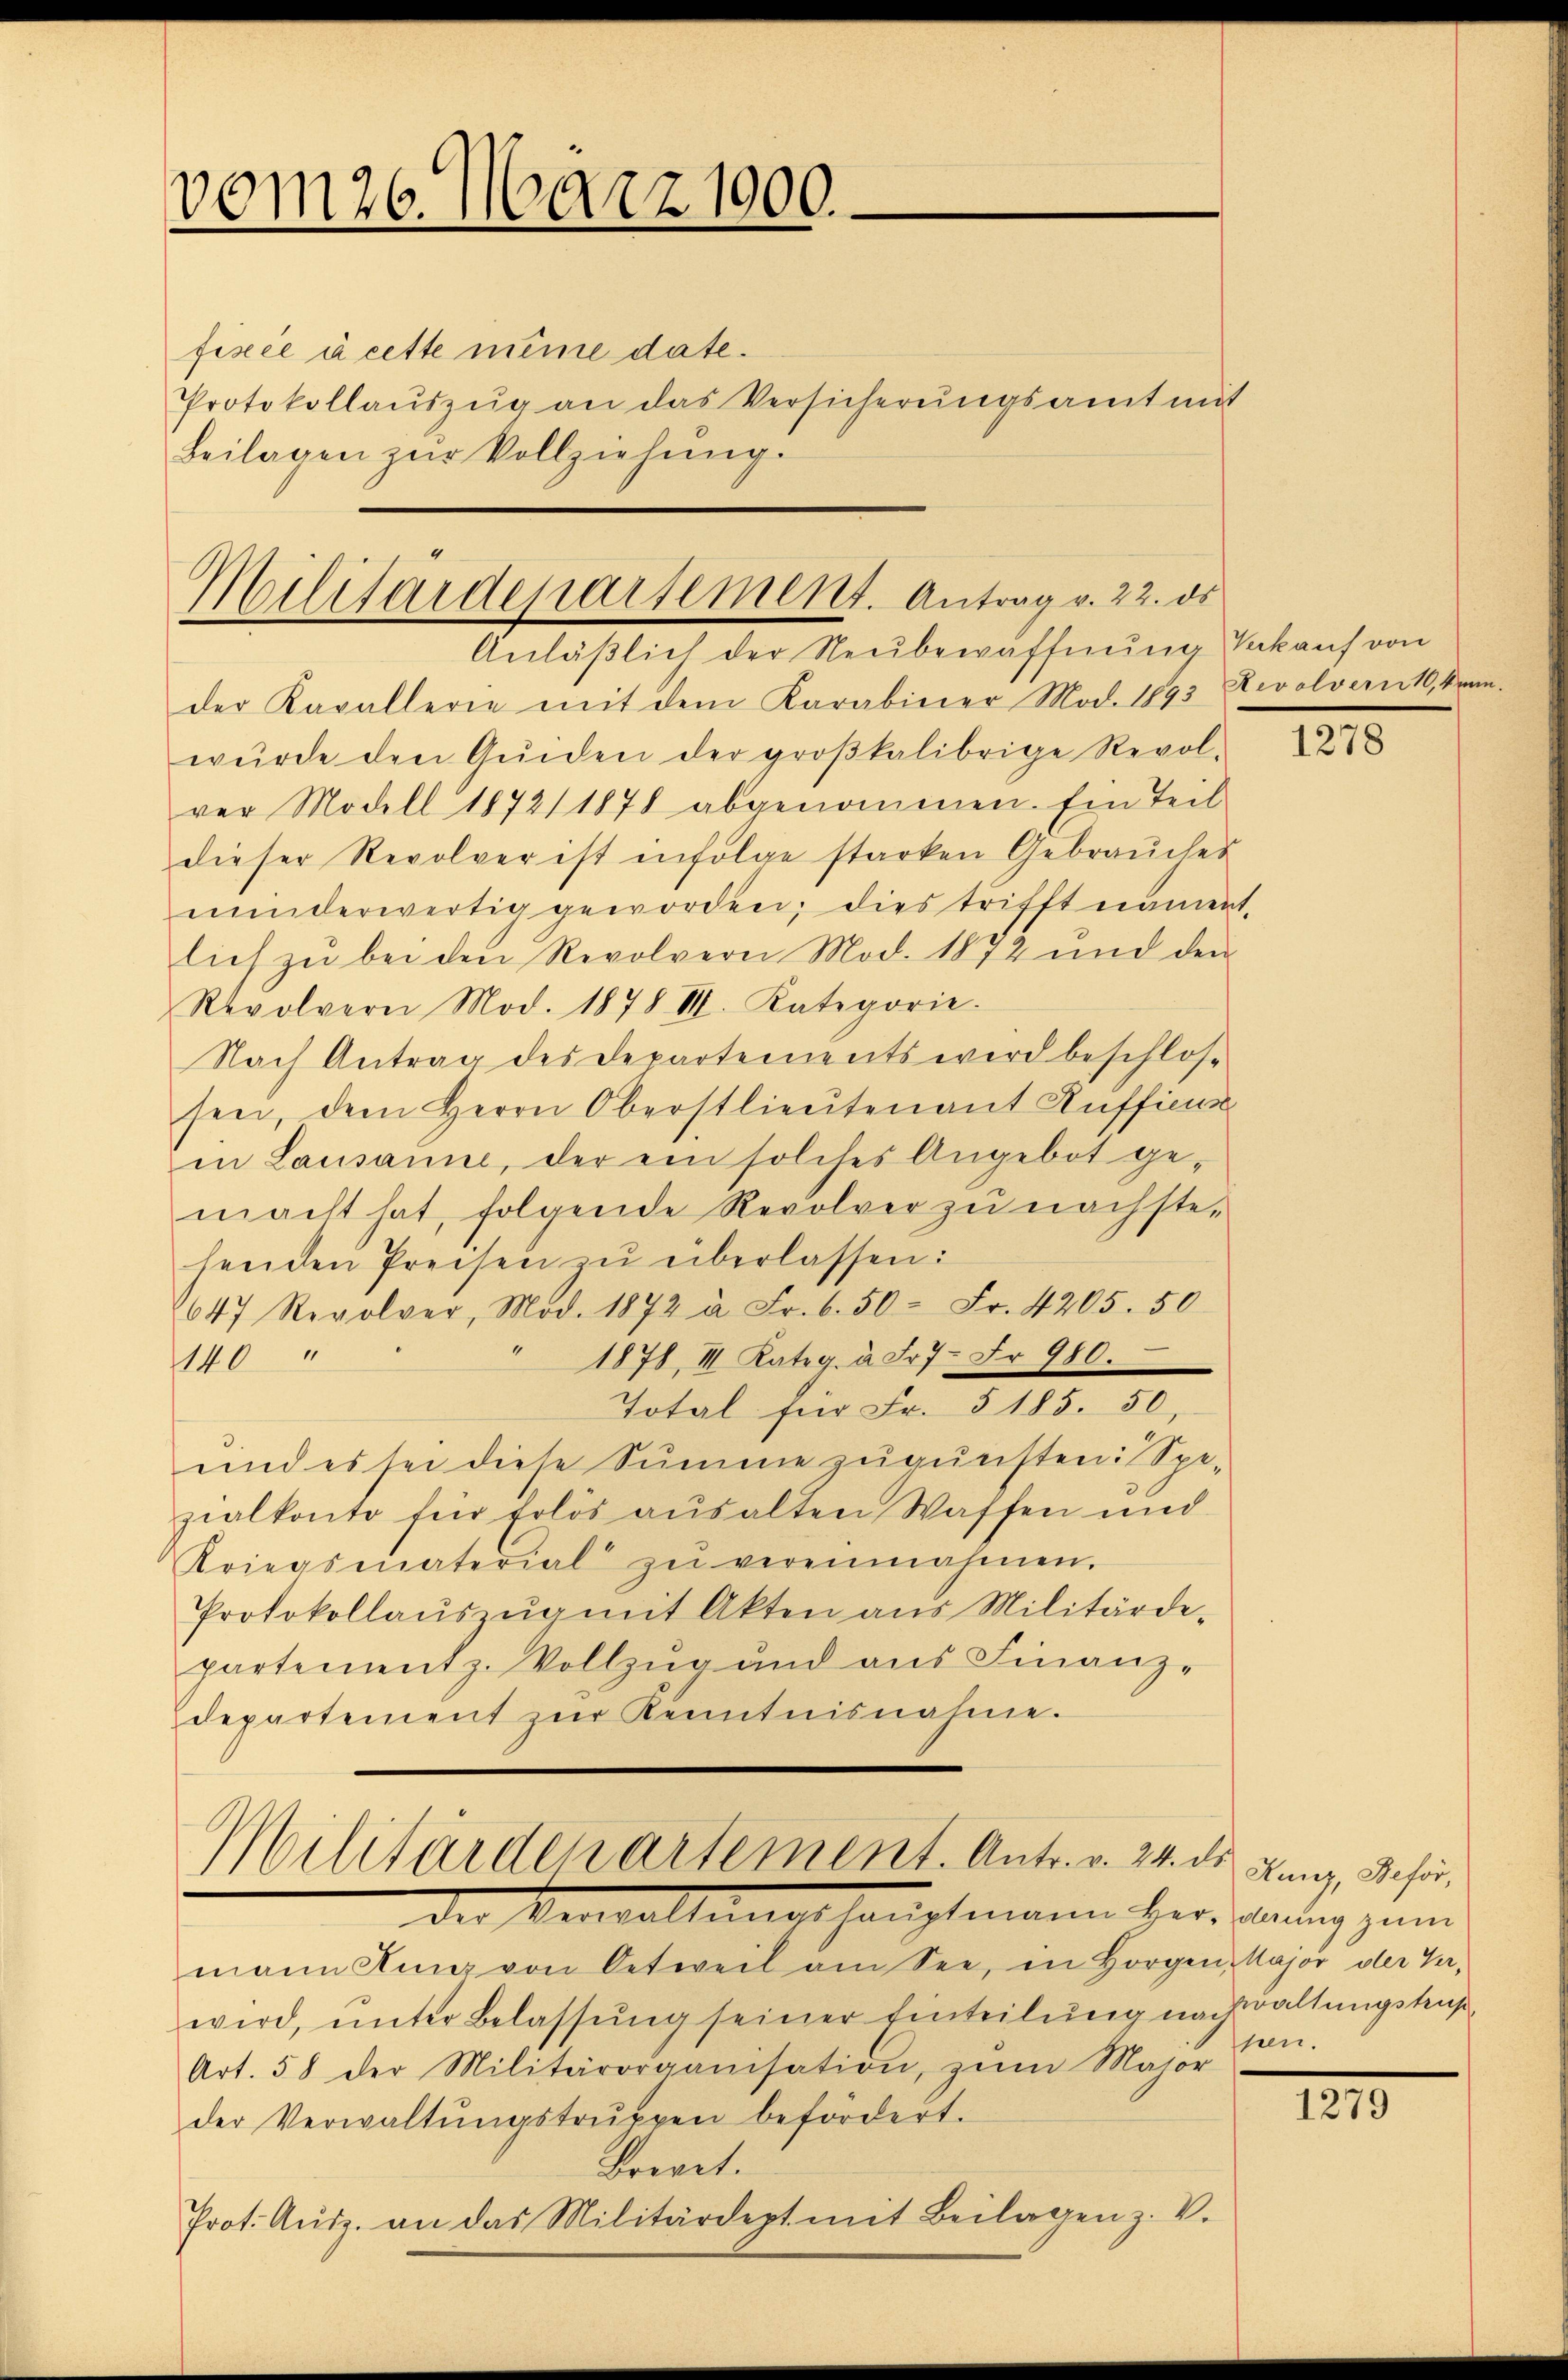
vom 26. März 1900.

fisée à cette meine date.
Protokollauszug an das Versicherungsamt mit
Beilagen zŭr Vollziehŭng.

Militardeparsement. Antrag v. 22. ds
Anläßlich der Neubewaffnung Verkauf von

der Kavallerie mit dem Karabiner Mod. 1893 Revolverit, kann
würde den Qŭiden der groβkalibrige Revol-
ver Modell 1872/ 1878 abgenommen. Ein Teil
dieser Revolver ist infolge starken Gebrauches
minderwertig geworden; dies trifft nament.
lich zŭ bei den Revolvere Mod. 1872 und den
Revolvern Mod. 1878 II. Kategorie
Nach Antrag des Departements wird beschlossen, dem Herrn Oberstlieutenant Aufficus
in Lausanne, der ein solches Angebot ge-
macht hat, folgende Revolver zu nächstehenden Preisen zŭ überlassen:
647 Revolver, Mad. 1872 à Fr. 6. 50 Fr. 4205. 50
1878, III Kateg. à Fr7- Fr. 980.
140
Total für Fr. § 185. 50,
und es sei diese Summe zugunsten: Spezialkonto für Erlös aŭsalten Waffen und
Kriegsmaterial zŭ vereinnahmen.
Protokollaŭszŭg mit Akten ans Militärde-
partementz. Vollzug und aus Finanz-
departement zŭr Kenntnisnahme.

Militärdepartement. Antr. v. 24. ds.
der Verwaltungshauptmann berechnung zum

mann ding von Oetweil am See, in Horgen, Major der Ver-
wird, unter Belassŭng seiner Einteilung nachwaltungstraß
Art. 58 der Militärorganisation, zŭm Major
der Verwaltŭngstrŭppen befördert.
Brevet.
Prot. Aŭsz. an das Militärdept mit Beilagen z. V.

1278

Kunz, Beförsen.

III.